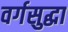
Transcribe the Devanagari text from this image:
वर्गसुद्धा